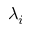
\lambda _ { i }